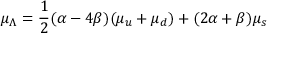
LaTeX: { \mu } _ { \Lambda } = { \frac { 1 } { 2 } } ( \alpha - 4 \beta ) ( { \mu } _ { u } + { \mu } _ { d } ) + ( 2 \alpha + \beta ) { \mu } _ { s }